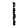
Digit: 1